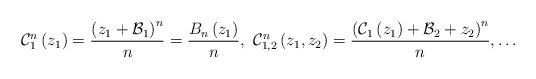
\begin{align*}\mathcal{C}_{1}^{n}\left(z_{1}\right)=\frac{\left(z_{1}+\mathcal{B}_{1}\right)^{n}}{n}=\frac{B_{n}\left(z_{1}\right)}{n},\thinspace\thinspace\mathcal{C}_{1,2}^{n}\left(z_{1},z_{2}\right)=\frac{\left(\mathcal{C}_{1}\left(z_{1}\right)+\mathcal{B}_{2}+z_{2}\right)^{n}}{n},\dots\end{align*}